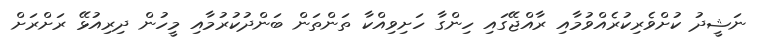
ނަޝީދު ކުށްވެރިކުރެއްވުމާއި ރާއްޖޭގައި ހިންގާ ހަށިވިއްކާ ތަންތަން ބަންދުކުރުމާއި މީހުން ދިރިއުޅޭ ރަށްރަށް